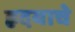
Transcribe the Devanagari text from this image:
ह्रदयाचे